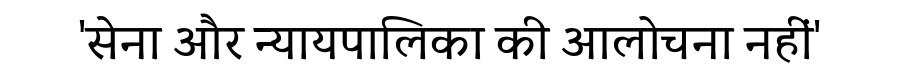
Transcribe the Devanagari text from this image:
'सेना और न्यायपालिका की आलोचना नहीं'